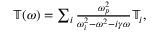
\begin{array} { r } { \mathbb { T } ( \omega ) = \sum _ { i } \frac { \omega _ { p } ^ { 2 } } { \omega _ { i } ^ { 2 } - \omega ^ { 2 } - i \gamma \omega } \mathbb { T } _ { i } , } \end{array}